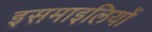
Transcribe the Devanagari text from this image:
इसमाइलियों